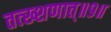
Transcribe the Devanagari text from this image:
तत्ख्शणात्॥९॥